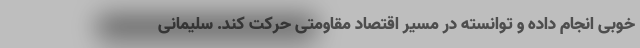
خوبی انجام داده و توانسته در مسیر اقتصاد مقاومتی حرکت کند. سلیمانی